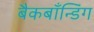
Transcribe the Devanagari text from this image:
बैकबाँन्डिंग